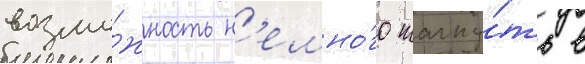
возмо́жность н'емно́го шагну́ть в